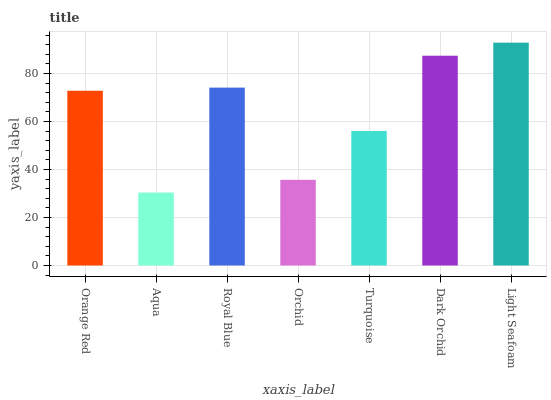
| xaxis_label | bars |
 | --- | --- |
 | Orange Red | 72.8 |
 | Aqua | 30.4 |
 | Royal Blue | 74.1 |
 | Orchid | 35.7 |
 | Turquoise | 56.1 |
 | Dark Orchid | 87.4 |
 | Light Seafoam | 92.9 |